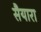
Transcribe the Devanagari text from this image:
सैयारा